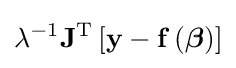
\lambda ^{-1}\mathbf {J} ^{\mathrm {T} }\left[\mathbf {y} -\mathbf {f} \left({\boldsymbol {\beta }}\right)\right]